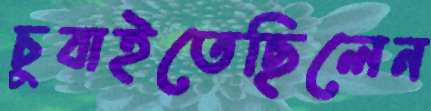
চুবাইতেছিলেন